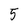
Character: 5